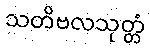
သတိဗလသုတ္တံ